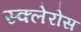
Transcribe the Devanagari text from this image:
स्क्लेरोस